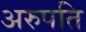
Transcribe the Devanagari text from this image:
अरुपति